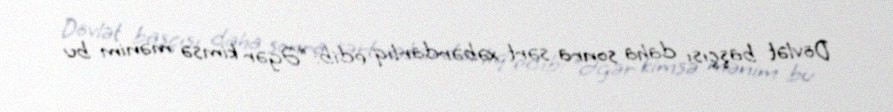
Dövlət başçısı daha sonra sərt xəbərdarlıq edib: “Əgər kimsə mənim bu